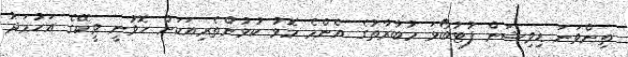
ތިންވަނަ ޑިވިޝަން ފުޓުބޯޅަ މުބާރާތުގެ އެންމެ މޮޅު ކުޅުންތެރިއަކަށް ހޮވުނީ ވީކޭގެ އަހުމަދު